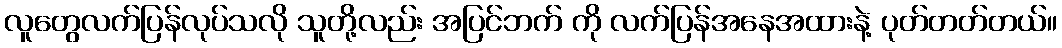
လူတွေလက်ပြန်လုပ်သလို သူတို့လည်း အပြင်ဘက် ကို လက်ပြန်အနေအထားနဲ့ ပုတ်တတ်တယ်။